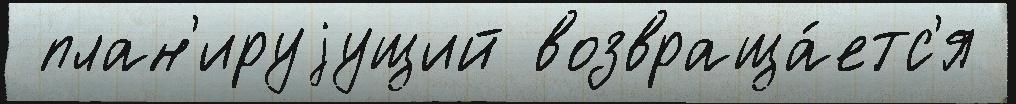
 план'ируjущий возвраща́етс'я